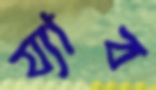
য্যাব